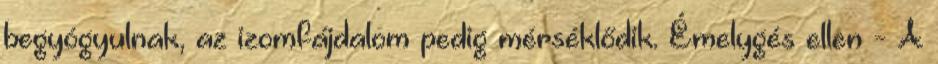
begyógyulnak, az izomfájdalom pedig mérséklődik. Émelygés ellen - A